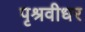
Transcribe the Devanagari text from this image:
पृश्रवीधर